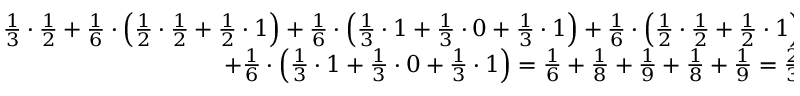
\begin{array} { r } { \frac { 1 } { 3 } \cdot \frac { 1 } { 2 } + \frac { 1 } { 6 } \cdot \left( \frac { 1 } { 2 } \cdot \frac { 1 } { 2 } + \frac { 1 } { 2 } \cdot 1 \right) + \frac { 1 } { 6 } \cdot \left( \frac { 1 } { 3 } \cdot 1 + \frac { 1 } { 3 } \cdot 0 + \frac { 1 } { 3 } \cdot 1 \right) + \frac { 1 } { 6 } \cdot \left( \frac { 1 } { 2 } \cdot \frac { 1 } { 2 } + \frac { 1 } { 2 } \cdot 1 \right) + } \\ { + \frac { 1 } { 6 } \cdot \left( \frac { 1 } { 3 } \cdot 1 + \frac { 1 } { 3 } \cdot 0 + \frac { 1 } { 3 } \cdot 1 \right) = \frac { 1 } { 6 } + \frac { 1 } { 8 } + \frac { 1 } { 9 } + \frac { 1 } { 8 } + \frac { 1 } { 9 } = \frac { 2 3 } { 3 6 } . } \end{array}